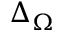
\Delta _ { \Omega }